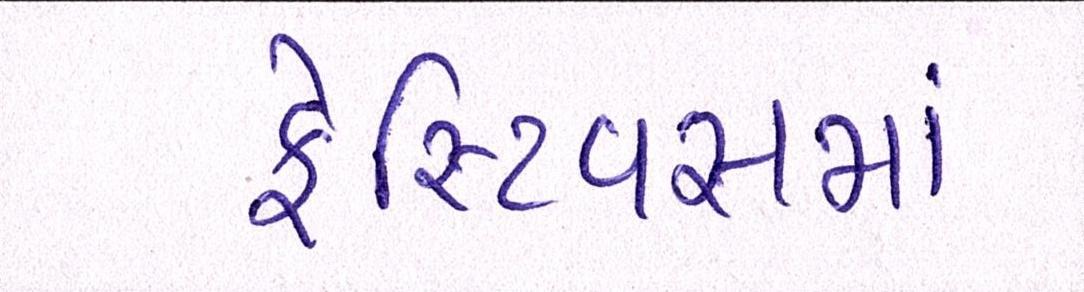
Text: ફેસ્ટિવસમાં